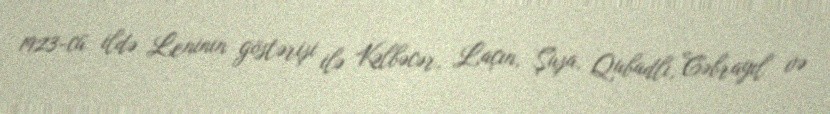
1923-cü ildə Leninin göstərişi ilə Kəlbəcər, Laçın, Şuşa, Qubadlı, Cəbrayıl və